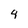
Character: 4